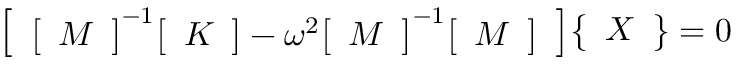
{ \left[ \begin{array} { l } { { \left[ \begin{array} { l } { M } \end{array} \right] } ^ { - 1 } { \left[ \begin{array} { l } { K } \end{array} \right] } - \omega ^ { 2 } { \left[ \begin{array} { l } { M } \end{array} \right] } ^ { - 1 } { \left[ \begin{array} { l } { M } \end{array} \right] } } \end{array} \right] } { \left\{ \begin{array} { l } { X } \end{array} \right\} } = 0